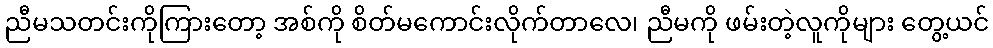
ညီမသတင်းကိုကြားတော့ အစ်ကို စိတ်မကောင်းလိုက်တာလေ၊ ညီမကို ဖမ်းတဲ့လူကိုများ တွေ့ယင်